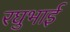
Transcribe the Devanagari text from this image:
रघुभाई